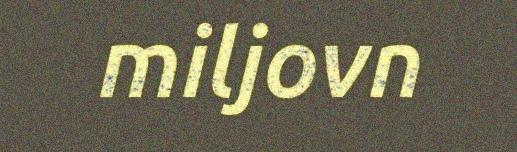
miljovn